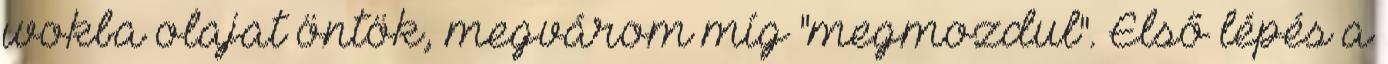
wokba olajat öntök, megvárom míg "megmozdul". Első lépés a